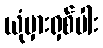
ယုံမှားရှစ်ပါး